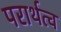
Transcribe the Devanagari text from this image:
परार्थत्व